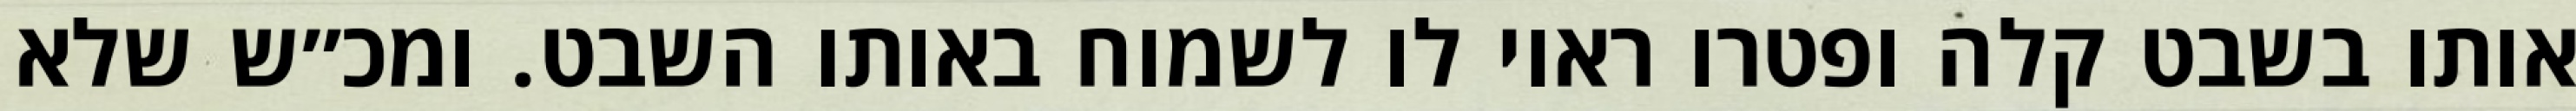
אותו בשבט קלה ופטרו ראוי לו לשמוח באותו השבט. ומכ״ש שלא